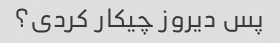
پس دیروز چیکار کردی؟